Bombay plague: being a history of the progress of plague in the Bombay presidency from September 1896 to June 1899
Year: 1896
Disease focus: Plague
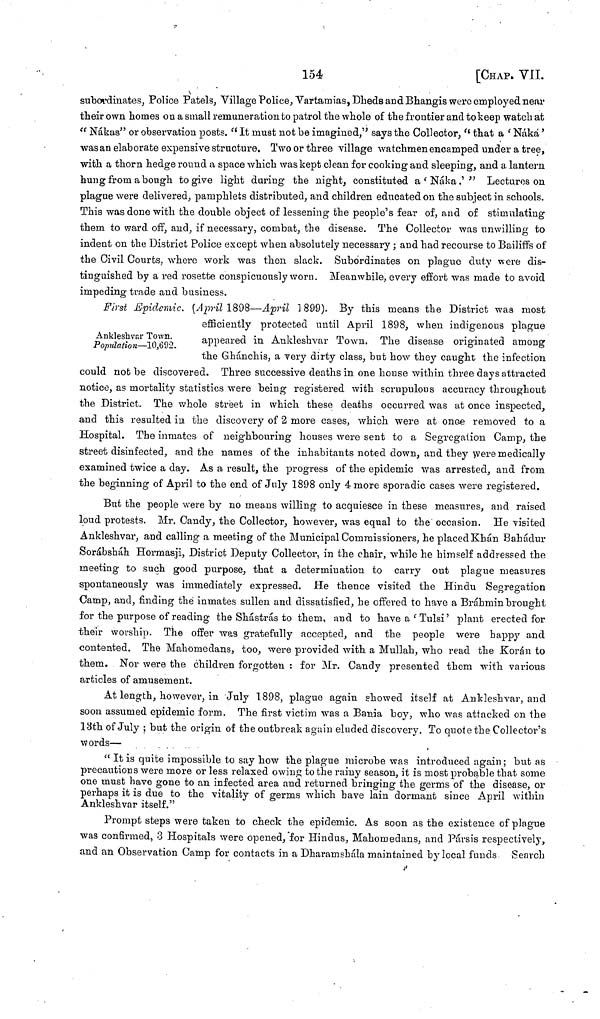
154
[CHAP. VIL
subordinates, Police Patels, Village Police, Vartamias, Dheds and Bhangis were employed near
their own homes on a small remuneration to patrol the whole of the frontier and to keep watch at
"Nákas" or observation posts. "It must not be imagined," says the Collector," that a 'Náká'
was an elaborate expensive structure. Two or three village watchmen encamped under a tree,
with a thorn hedge round a space which was kept clean for cooking and sleeping, and a lantern
hung from a bough to give light during the night, constituted a 'Naka.' " Lectures on
plague were delivered, pamphlets distributed, and children educated on the subject in schools.
This was done with the double object of lessening the people's fear of, and of stimulating
them, to ward off, and, if necessary, combat, the disease. The Collector was unwilling to
indent on the District Police except when absolutely necessary ; and had recourse to Bailiffs of
the Civil Courts, where work was then slack. Subordinates on plague duty were dis-
tinguished by a red rosette conspicuously worn. Meanwhile, every effort was made to avoid
impeding trade and business.
Ankleshvar Town.
Population—10,692.
First Epidemic. (April 1898—April 1899). By this means the District was most
efficiently protected until April 1898, when indigenous plague
appeared in Ankleshvar Town. The disease originated among
the Ghánchis, a very dirty class, but how they caught the infection
could not be discovered. Three successive deaths in one house within three days attracted
notice, as mortality statistics were being registered with scrupulous accuracy throughout
the District. The whole street in which these deaths occurred was at once inspected,
and this resulted in the discovery of 2 more cases, which were at once removed to a
Hospital. The inmates of neighbouring houses were sent to a Segregation Camp, the
street disinfected, and the names of the inhabitants noted down, and they were medically
examined twice a day. As a result, the progress of the epidemic was arrested, and from
the beginning of April to the end of July 1898 only 4 more sporadic cases were registered.
But the people were by no means willing to acquiesce in these measures, and raised
loud protests. Mr. Candy, the Collector, however, was equal to the occasion. He visited
Ankleshvar, and calling a meeting of the Municipal Commissioners, he placed Khán Bahadur
Sorábsháh Hormasji, District Deputy Collector, in the chair, while he himself addressed the
meeting to such good purpose, that a determination to carry out plague measures
spontaneously was immediately expressed. He thence visited the Hindu Segregation
Camp, and, finding the inmates sullen and dissatisfied, he offered to have a Brahmin brought
for the purpose of reading the Shástrás to them, and to have a 'Tulsi' plant erected for
their worship. The offer was gratefully accepted, and the people were happy and
contented. The Mahomedans, too, were provided with a Mullah, who read the Koran to
them. Nor were the children forgotten : for Mr. Candy presented them with various
articles of amusement.
At length, however, in July 1898, plague again showed itself at Ankleshvar, and
soon assumed epidemic form. The first victim was a Bania boy, who was attacked on the
13th of July ; but the origin of the outbreak again eluded discovery. To quote the Collector's
words—
"It is quite impossible to say how the plague microbe was introduced again ; but as
precautions were more or less relaxed owing to the rainy season, it is most probable that some
one must have gone to an infected area and returned bringing the germs of the disease, or
perhaps it is due to the vitality of germs which have lain dormant since April within
Ankleshvar itself."
Prompt steps were taken to check the epidemic. As soon as the existence of plague
was confirmed, 3 Hospitals were opened, for Hindus, Mahomedans, and Pársis respectively,
and an Observation Camp for contacts in a Dharamshála maintained by local funds Search